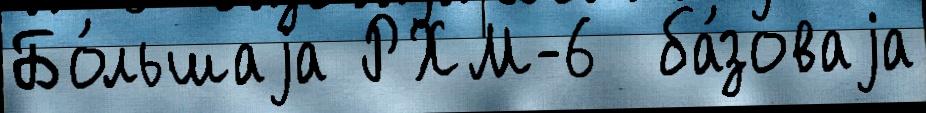
Бо́льшаjа РХМ-6  ба́зоваjа